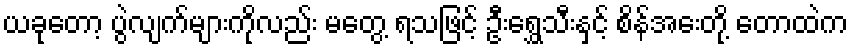
ယခုတော့ ပွဲလျက်များကိုလည်း မတွေ့ ရသဖြင့် ဦးရွှေသီးနှင့် စိန်အေးတို့ တောထဲက